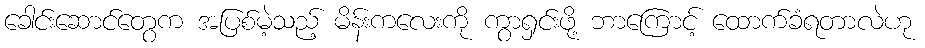
ခေါင်းဆောင်တွေက အပြစ်မဲ့သည့် မိန်းကလေးကို ကွာရှင်းဖို့ ဘာကြောင့် ထောက်ခံရတာလဲဟု